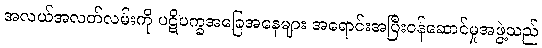
အလယ်အလတ်လမ်းကို ပဋိပက္ခအခြေအနေများ အရောင်းအပြီးဝန်ဆောင်မှုအဖွဲ့သည်